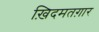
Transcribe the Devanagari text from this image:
ख़िदमतग़ार